Report of the Municipal Commissioner on the plague in Bombay for the year ending 31st May... - Volume 3
Disease focus: Plague
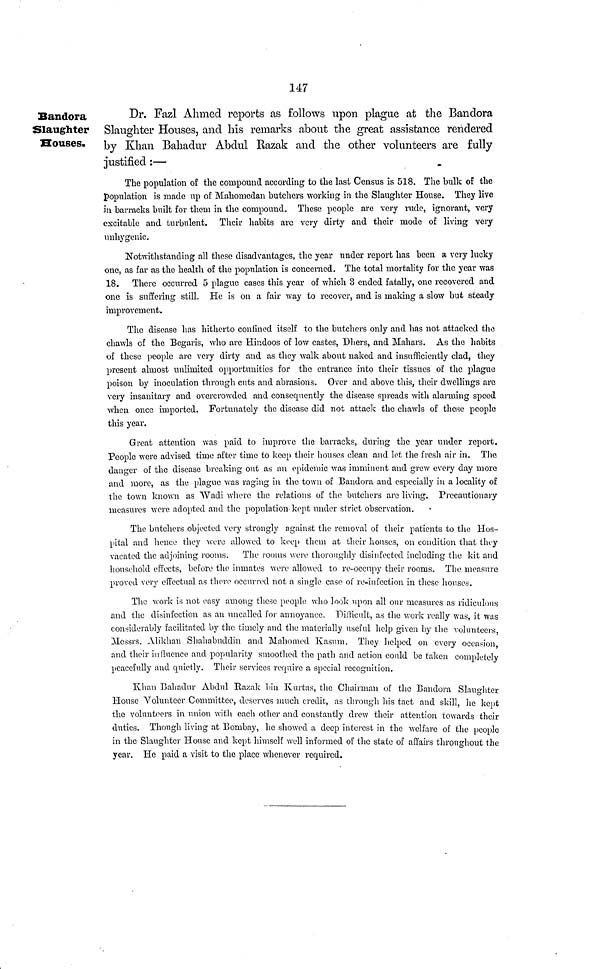
147
Bandora
Slaughter
Houses.
Dr. Fazl Ahmed reports as follows upon plague at the Bandora
Slaughter Houses, and his remarks about the great assistance rendered
by Khan Bahadur Abdul Razak and the other volunteers are fully
justified :—
The population of the compound according to the last Census is 518. The bulk of the
population is made up of Mahomedan butchers working in the Slaughter House. They live
in barracks built for them in the compound. These people are very rude, ignorant, very
excitable and turbulent. Their habits are very dirty and their mode of living very
unhygenic.
Notwithstanding all these disadvantages, the year under report has been a very lucky
one, as far as the health of the population is concerned. The total mortality for the year was
18. There occurred 5 plague cases this year of which 3 ended fatally, one recovered and
one is suffering still. He is on a fair way to recover, and is making a slow but steady
improvement.
The disease has hitherto confined itself to the butchers only and has not attacked the
chawls of the Begaris, who are Hindoos of low castes, Dhers, and Mahars. As the habits
of these people are very dirty and as they walk about naked and insufficiently clad, they
present almost unlimited opportunities for the entrance into their tissues of the plague
poison by inoculation through exits and abrasions. Over and above this, their dwellings are
very insanitary and overcrowded and consequently the disease spreads with alarming speed
when once imported. Fortunately the disease did not attack the chawls of these people
this year.
Great attention was paid to improve the barracks, during the year under report.
People were advised time after time to keep their houses clean and let the fresh air in. The
danger of the disease breaking out as an epidemic was imminent and grew every day more
and more, as the plague was raging in the town of Bandora and especially in a locality of
the town known as "Wadi where the relations of the butchers are living. Precautionary
measures were adopted and the population kept under strict observation.
The butchers objected very strongly against the removal of their patients to the Hos-
pital and hence they Avère allowed to keep them at their houses, on condition that they
vacated the adjoining rooms. The rooms were thoroughly disinfected including the kit and
household effects, before the inmates were allowed to re-occupy their rooms. The measure
proved very effectual as there occurred not a single case of re-infection in these houses.
The work is not easy among these people who look upon all our measures as ridiculous
and the disinfection as an uncalled for annoyance. "Difficult, as the work really was, it was
considerably facilitated by the timely and the materially useful help given by the volunteers
Messrs. Alikhan Shahabuddin and Mahomed Kasum. They helped on every occasion
and their influence and popularity smoothed the path and action could be taken completely
peacefully and quietly. Their services require a special recognition.
Khan Balladur Abdul Razak bin Kurtas, the Chairman of the Bandora Slaughter
House Volunteer Committee, deserves much credit, as through his tact and skill, he kept
the volunteers in union with each other and constantly drew their attention towards their
duties. Though living at Bombay, he showed a deep interest in the welfare of the people
in the Slaughter House and kept himself well informed of the state of affairs throughout the
year. He paid a visit to the place whenever required.